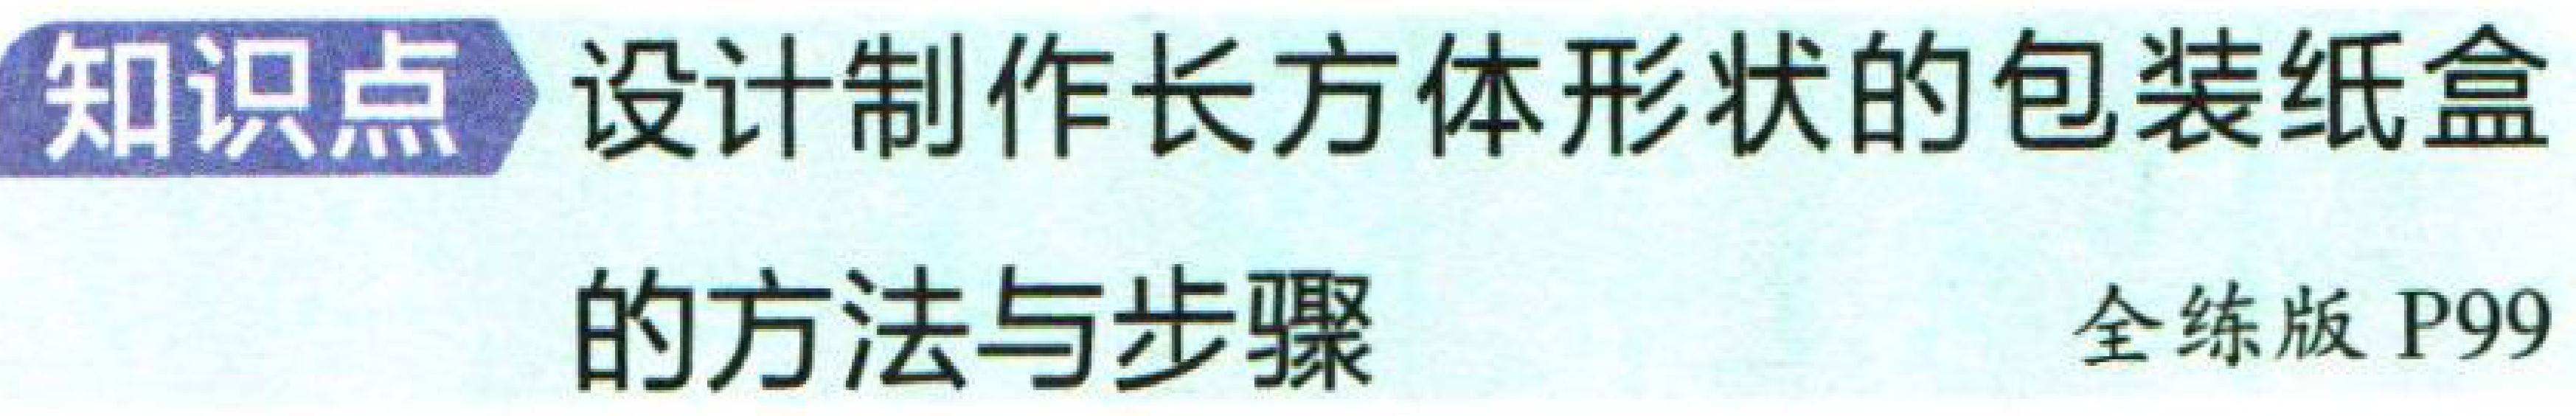
知识点 设计制作长方体形状的包装纸盒

的方法与步骤

全练版 P99